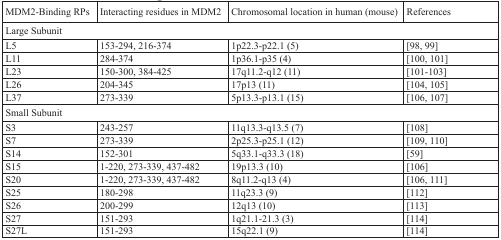
<table><thead><tr><td><b>MDM2-Binding RPs</b></td><td><b>Interacting residues in MDM2</b></td><td><b>Chromosomal location in human (mouse)</b></td><td><b>References</b></td></tr></thead><tbody><tr><td colspan="4">Large Subunit</td></tr><tr><td>L5</td><td>153-294, 216-374</td><td>1p22.3-p22.1 (5)</td><td>[98, 99]</td></tr><tr><td>L11</td><td>284-374</td><td>1p36.1-p35 (4)</td><td>[100, 101]</td></tr><tr><td>L23</td><td>150-300, 384-425</td><td>17q11.2-q12 (11)</td><td>[101-103]</td></tr><tr><td>L26</td><td>204-345</td><td>17p13 (11)</td><td>[104, 105]</td></tr><tr><td>L37</td><td>273-339</td><td>5p13.3-p13.1 (15)</td><td>[106, 107]</td></tr><tr><td colspan="4">Small Subunit</td></tr><tr><td>S3</td><td>243-257</td><td>11q13.3-q13.5 (7)</td><td>[108]</td></tr><tr><td>S7</td><td>273-339</td><td>2p25.3-p25.1 (12)</td><td>[109, 110]</td></tr><tr><td>S14</td><td>152-301</td><td>5q33.1-q33.3 (18)</td><td>[59]</td></tr><tr><td>S15</td><td>1-220, 273-339, 437-482</td><td>19p13.3 (10)</td><td>[106]</td></tr><tr><td>S20</td><td>1-220, 273-339, 437-482</td><td>8q11.2-q13 (4)</td><td>[106, 111]</td></tr><tr><td>S25</td><td>180-298</td><td>11q23.3 (9)</td><td>[112]</td></tr><tr><td>S26</td><td>200-299</td><td>12q13 (10)</td><td>[113]</td></tr><tr><td>S27</td><td>151-293</td><td>1q21.1-21.3 (3)</td><td>[114]</td></tr><tr><td>S27L</td><td>151-293</td><td>15q22.1 (9)</td><td>[114]</td></tr></tbody></table>